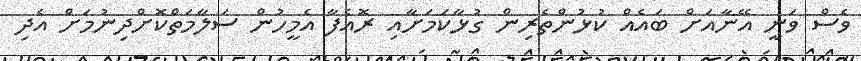
ވެސް ވަނީ އޭނާއަށް ބައެއް ކުޅުންތެރިން ގުޅާކަމަށާއި ރޮއެފާ އެމީހުން ސަލާމަތްކޮށްދިނުމަށް އެދި